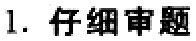
1. 仔细审题